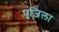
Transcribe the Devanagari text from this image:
पूजिला